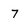
Character: 7